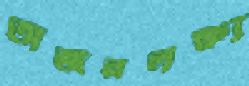
অর্জনলক্ষ্য